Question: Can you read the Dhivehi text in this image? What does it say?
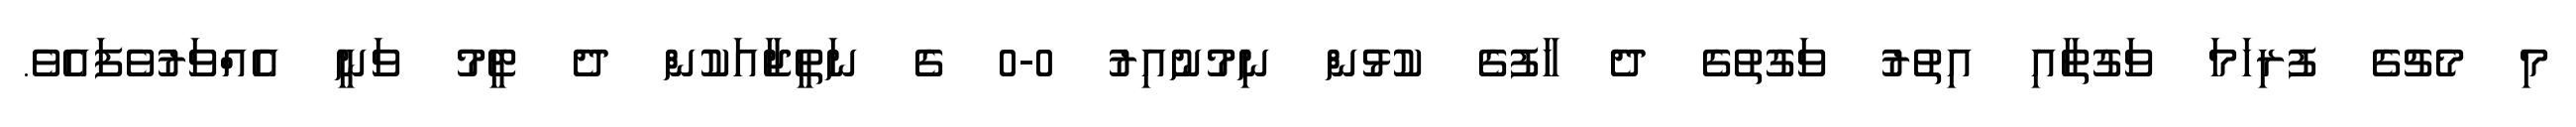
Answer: މި މެޗުގެ ފުރިހަމަ ވަގުތާއި އިތުރު ވަގުތުގެ ދެ ހާފުގެ ކުޅުން ނިމުނުއިރު 0-0 ގެ ނަތީޖާއަކުން ދެ ޓީމު ވަނީ އެއްވަރުވެފައެވެ.